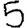
Digit: 5